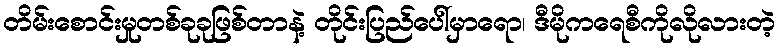
တိမ်းစောင်းမှုတစ်ခုခုဖြစ်တာနဲ့ တိုင်းပြည်ပေါ်မှာရော၊ ဒီမိုကရေစီကိုလိုလားတဲ့